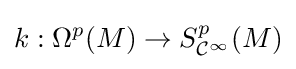
k:\Omega ^{p}(M)\to S_{{\mathcal {C}}^{\infty }}^{p}(M)